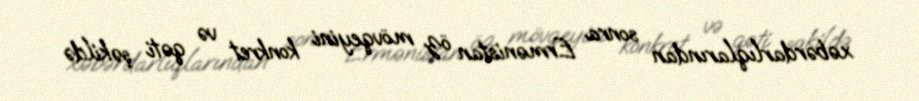
xəbərdarlıqlarından sonra Ermənistan öz mövqeyini konkret və qəti şəkildə